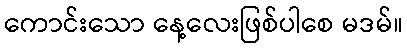
ကောင်းသော နေ့လေးဖြစ်ပါစေ မဒမ်။